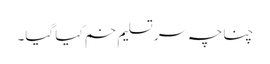
چناچہ سر تسلیم خم کیا گیا۔